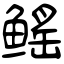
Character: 鳐